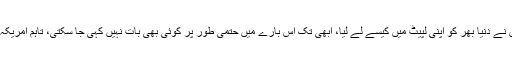
کورونا وائرس کیسے پھیلا اور دیکھتے ہی دیکھتے اس نئے وائرس نے دُنیا بھر کو اپنی لپیٹ میں کیسے لے لیا، ابھی تک اِس بارے میں حتمی طور پر کوئی بھی بات نہیں کہی جا سکتی، تاہم امریکہ اور چین کے درمیان لفظی جنگ کسی نہ کسی انداز میں جاری ہے۔